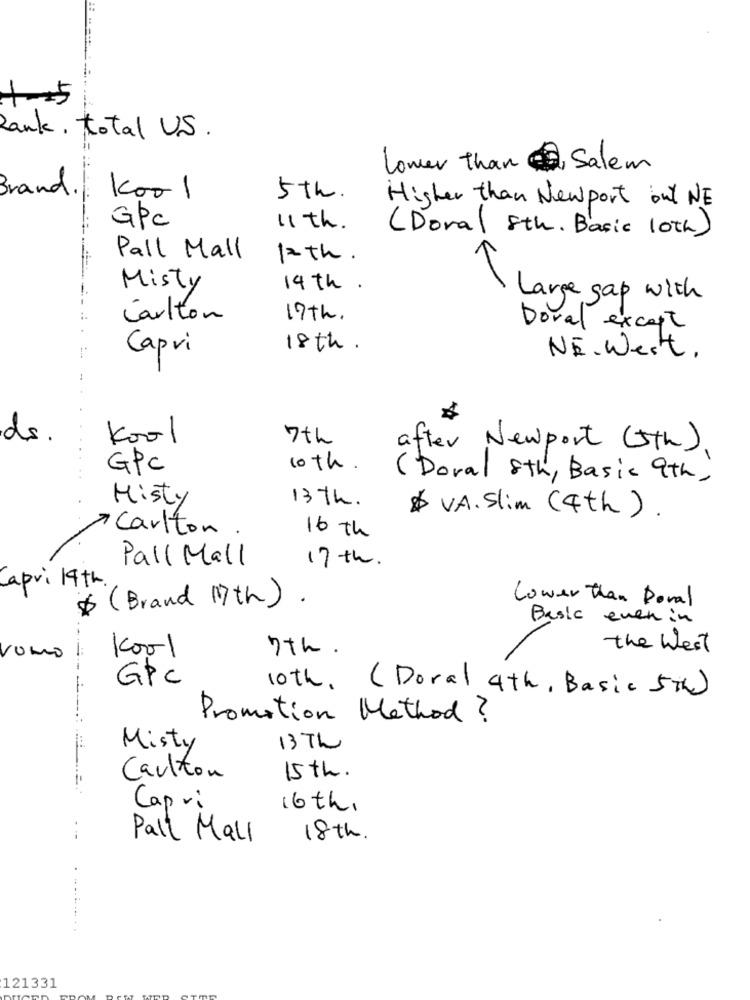
15
Rank, total U.S .
Lower than Salem
Brand .
1001
5th.
Higher than Newport out NE
GPC
11 th.
(Doral 8th, Basic 10th)
Pall Mall
12th.
Misty
14th .
Large gap with
Carlton
19th.
Doral except
18th.
Capri
NE. West.
ds.
kool
7th
after Newport (5th).
GPC
10th.
( Doral 8th, Basic 9th,
Misty
13th.
$ V.A. Slim (4th ) .
Carlton
16 th
Pall Mall
17 th.
Capri 19th.
$ ( Brand 17th) .
Lower than Doral
Basic even in
Kool
7th.
the West
Vomo
GPC
10th, (Doral 4th, Basic 5Th)
Promotion Method?
Misty
13 Th
Carlton
15th.
Capri
16 th,
Pall Mall
18th.
121331